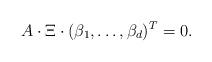
LaTeX: \begin{align*} A\cdot\Xi\cdot(\beta_1,\ldots,\beta_d)^T=0.\end{align*}